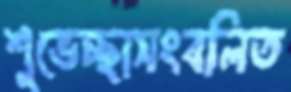
শুভেচ্ছাসংবলিত